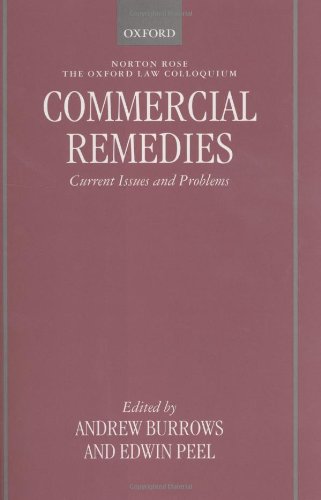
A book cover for Commercial Remedies: Current Issues and Problems (Oxford Law Colloquium); Law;